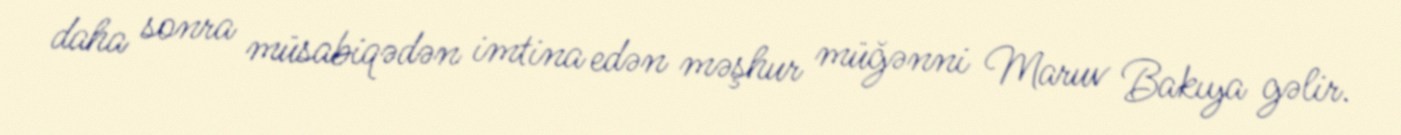
daha sonra müsabiqədən imtina edən məşhur müğənni Maruv Bakıya gəlir.